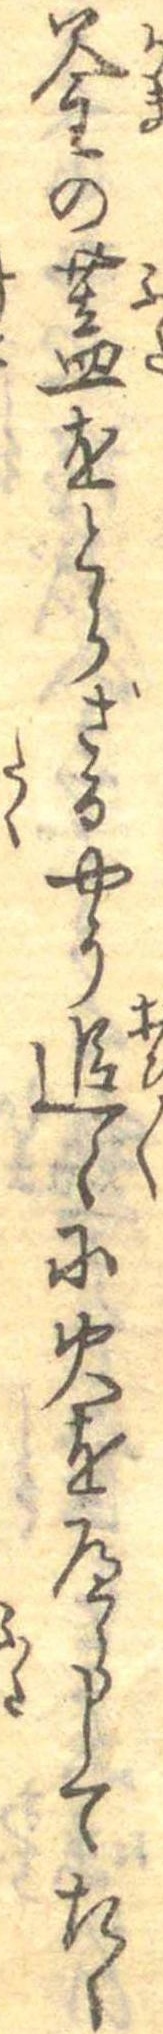
釜の蓋をとらざるやう追々に火をへらしてたく